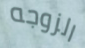
الزوجه